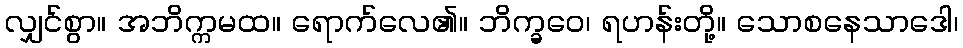
လျှင်စွာ။ အဘိက္ကမထ။ ရောက်လေ၏။ ဘိက္ခဝေ၊ ရဟန်းတို့။ သောစနေသာဒေါ၊